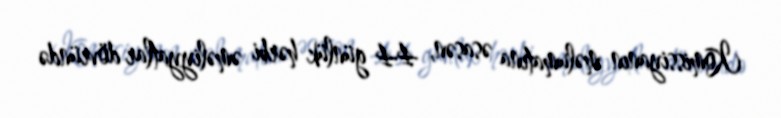
Komissiyanın məlumatına əsasən, 44 günlük hərbi əməliyyatlar dövründə